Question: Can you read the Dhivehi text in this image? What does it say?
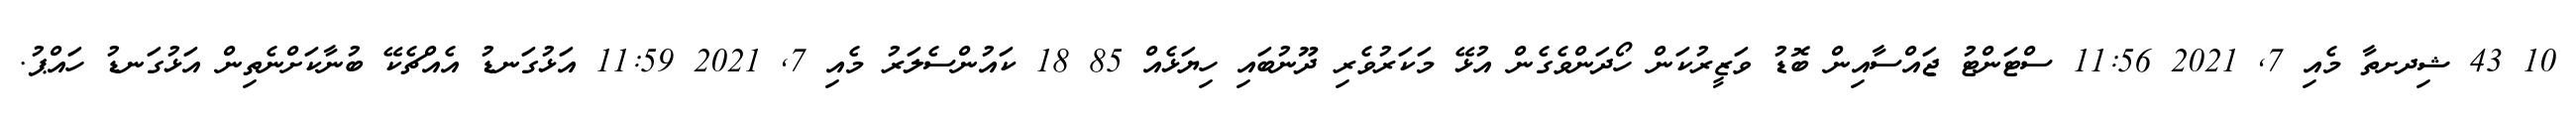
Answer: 10 43 ޝިދށތާ މެއި 7, 2021 11:56 ސްޓަންޓު ޖައްސާއިން ބޮޑު ވަޒީރުކަން ހޯދަންވެގެން އުޅޭ މަކަރުވެރި ދޫނުބައި ހިޔަޅެއް 85 18 ކައުންސެލަރު މެއި 7, 2021 11:59 އަޅުގަނޑު އެއްޗެކޭ ބުނާކަށްނެތިން އަޅުގަނޑު ހައްޕު.